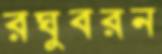
রঘুবরন